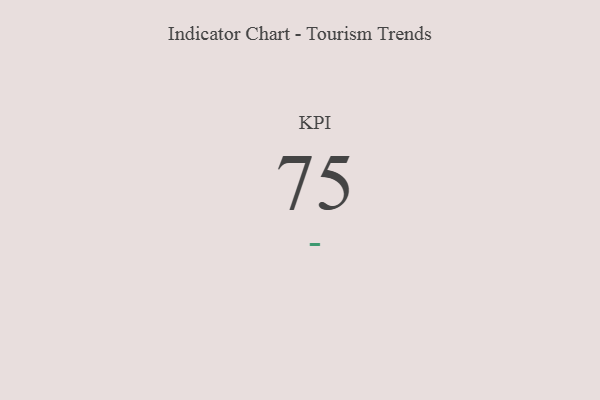
{"axis": {"x": "KPI", "y": "Value"}, "legend": [""], "data": [{"x": "KPI", "y": 75, "type": ""}]}